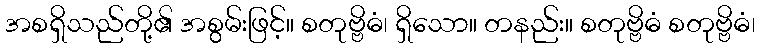
အစရှိသည်တို့၏ အစွမ်းဖြင့်။ စတုဗ္ဗိဓံ၊ ရှိသော။ တနည်း။ စတုဗ္ဗိဓံ စတုဗ္ဗိဓံ၊